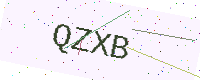
Text: QZXB